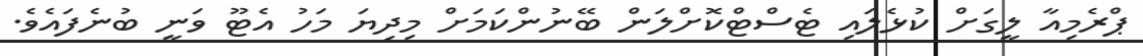
ޕްރެމިއާ ލީގަށް ކުޅެލައި ޓެސްޓްކޮށްލަން ބޭނުންކަމަށް މިދިޔަ މަހު އެޓޫ ވަނީ ބުނެފައެވެ.